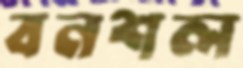
বনশল